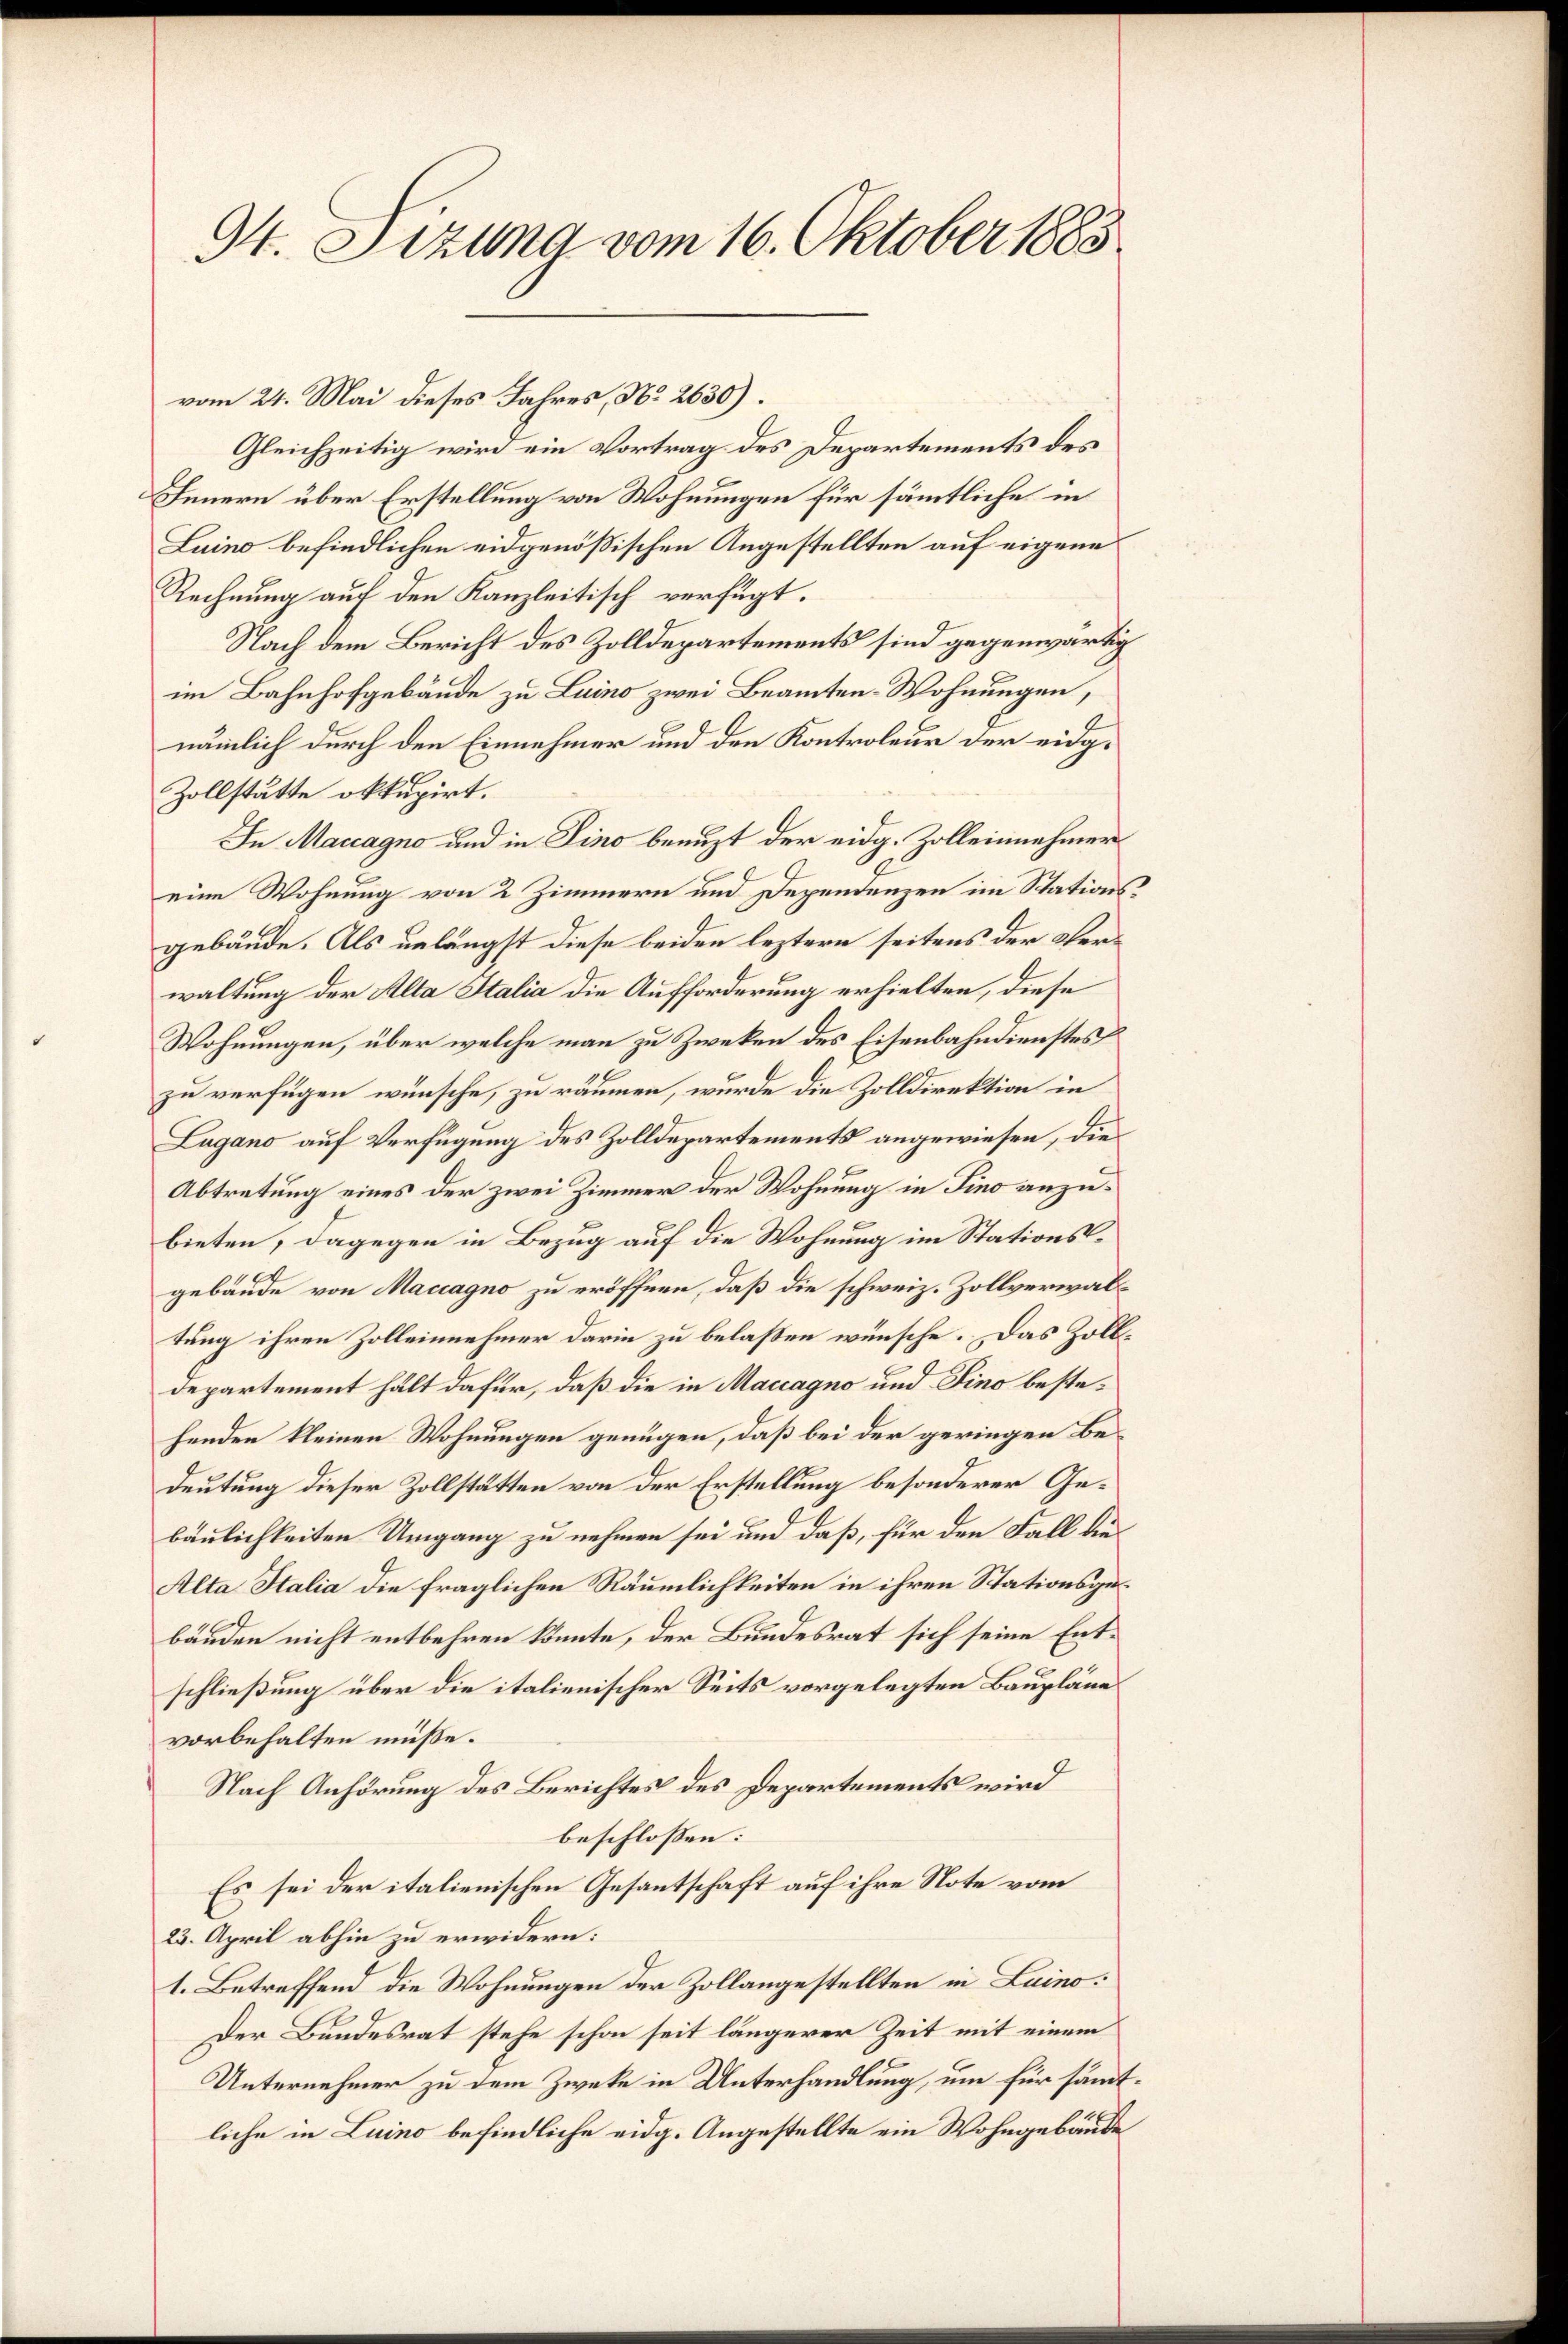
94. Sizung vom 16. Oktober 1883

vom 24. Mai dieses Jahres, No 2630).
Gleichzeitig wird ein Vortrag des Departements des
Innern über Erstellung von Wohnungen für sämmtliche in
Luino befindlichen eidgenößischen Angestellten auf eigene
Rechnung auf den Kanzleitisch verfügt.
Nach dem Bericht des Zolldepartements sind gegenwärtig
im Bahnhofgebäude zu Luino zwei Beamten-Wohnungen,
nämlich durch den Einnehmer und den Kontroleur der eidg¬
Zollstätte okkupirt.
In Maccagno und in Pino benuzt der eidg. Zolleinnehmer
eine Wohnung von 2 Zimmern und Dependenzen im Stationsgebäude. Als unlängst diese beiden leztern seitens der Verwaltung der Alta Stalia die Aufforderung erhielten, diese
Wohnungen, über welche man zu Zwecken des Eisenbahndienstes
zu verfügen wünsche, zu räumen, wurde die Zolldirektion in
Lugano auf Verfügung des Zolldepartements angewiesen, die
Abtretung eines der zwei Zimmer der Wohnung in Fino anzubieten, dagegen in Bezug auf die Wohnung im Stationsgebäude von Maccagno zu eröffnen, daß die schweiz. Zollverwaltung ihren Zolleinnehmer darin zu belaßen wünsche. Das Zolldepartement hält dafür, daß die in Maccagno und Pino bestehenden kleinen Wohnungen genügen, daß bei der geringen Bedeutung dieser Zollstätten von der Erstellung besonderer Gebäulichkeiten Umgang zu nehmen sei und daß, für den Fall die
Alta Italia die fraglichen Räumlichkeiten in ihren Stationsgebänden nicht entbehren könnte, der Bundesrat sich seine Entschließung über die italienischer Seits vorgelegten Baupläne
vorbehalten müsse.
Nach Anhörung des Berichtes des Departements wird
beschlossen:
Es sei der italienischen Gesantschaft auf ihre Note vom
23. April abhin zu erwidern:
1. Betreffend die Wohnungen der Zollangestellten in Luino¬
Der Bundesrat stehe schon seit längerer Zeit mit einem
Unternehmer zu dem Zwecke in Unterhandlung, um für sämmtliche in Luino befindliche eidg. Angestellte ein Wohngebäude